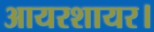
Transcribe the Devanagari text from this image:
आयरशायर।